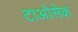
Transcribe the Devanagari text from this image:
टाओसेक